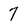
Character: 7